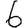
Digit: 6